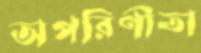
অপরিণীতা